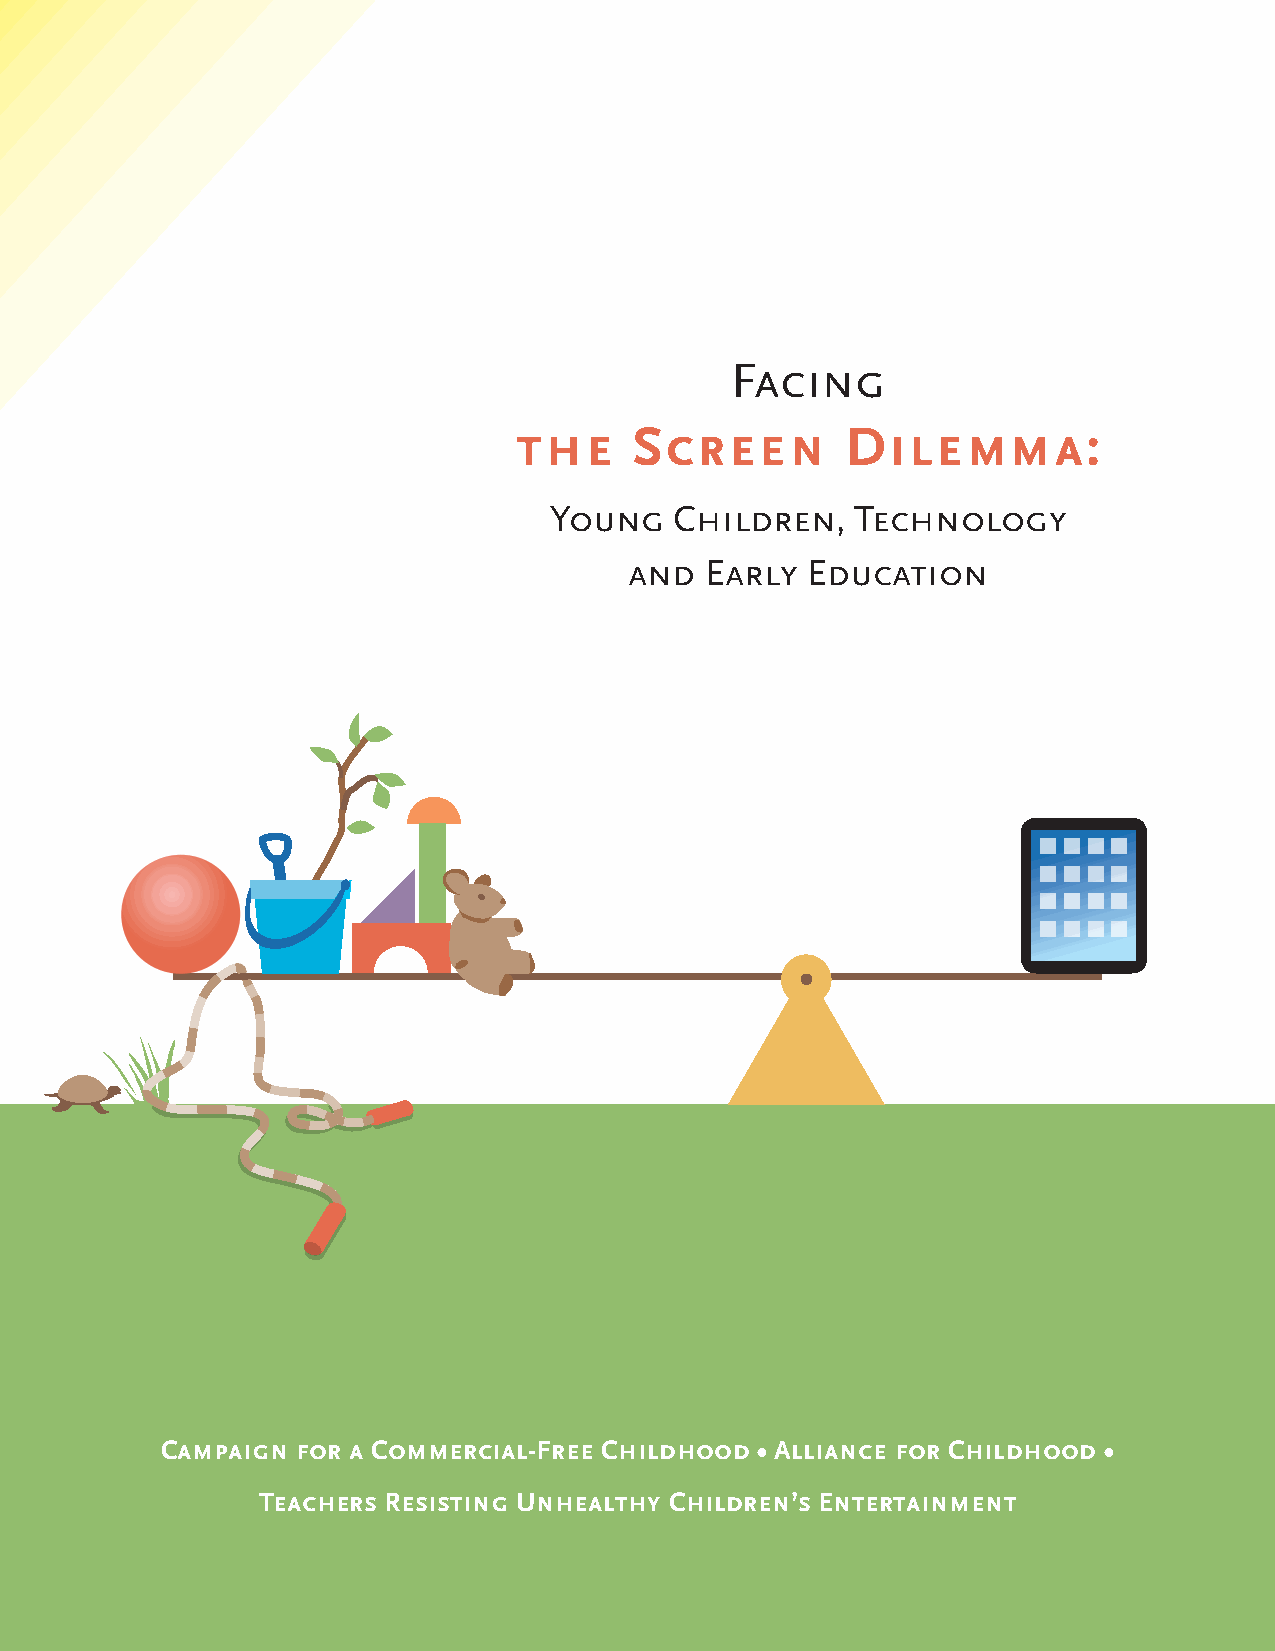
Facing
 the     Screen        Dilemma:
 Young    Children,   Technology
 and  Early Education
 Campaign for a Commercial-Free Childhood • Alliance for Childhood •
 Teachers Resisting Unhealthy Children’s Entertainment